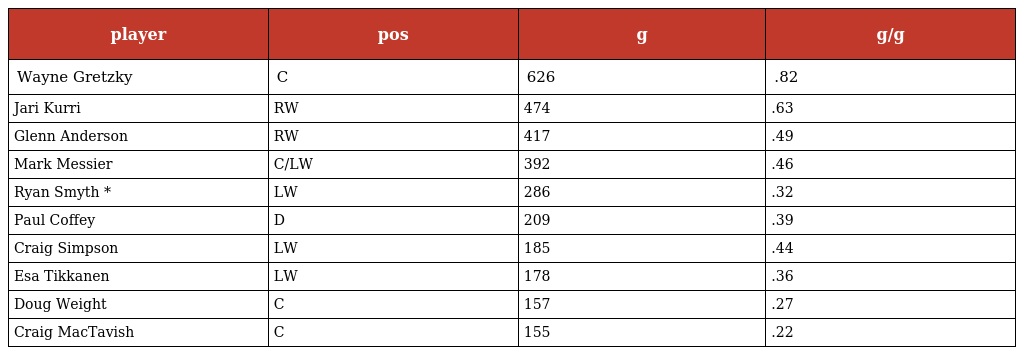
| player | pos | g | g/g |
 | --- | --- | --- | --- |
 | Wayne Gretzky | C | 626 | .82 |
 | Jari Kurri | RW | 474 | .63 |
 | Glenn Anderson | RW | 417 | .49 |
 | Mark Messier | C/LW | 392 | .46 |
 | Ryan Smyth * | LW | 286 | .32 |
 | Paul Coffey | D | 209 | .39 |
 | Craig Simpson | LW | 185 | .44 |
 | Esa Tikkanen | LW | 178 | .36 |
 | Doug Weight | C | 157 | .27 |
 | Craig MacTavish | C | 155 | .22 |